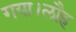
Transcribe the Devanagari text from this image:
गया।लौह